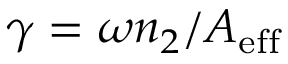
\gamma = \omega n _ { 2 } / A _ { \mathrm { e f f } }